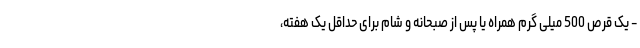
- یک قرص 500 میلی گرم همراه یا پس از صبحانه و شام برای حداقل یک هفته،